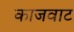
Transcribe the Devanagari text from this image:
काजवाट